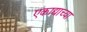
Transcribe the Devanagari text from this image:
एकाद्याच्या